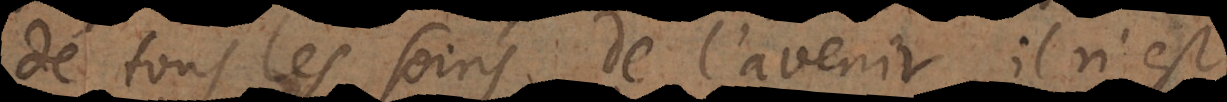
de tous les soins de l’avenir, il n’est